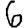
Digit: 6